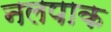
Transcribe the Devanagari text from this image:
नलपाक